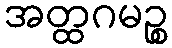
အတ္ထဂမဉ္စ